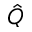
\hat { Q }